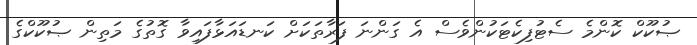
ޞުކޫކް ކޮންމެ ސެޓުފިކެޓަކުންވެސް އެ ގަންނަ ފަރާތަކަށް ކަނޑައަޅާފައިވާ ގޮތުގެ މަތިން ޞުކޫކްގެ